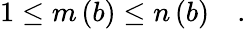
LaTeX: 1\le m\left(b\right)\le n\left(b\right)\quad.